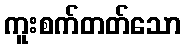
ကူးစက်တတ်သော